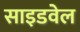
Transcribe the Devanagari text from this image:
साइडवेल